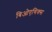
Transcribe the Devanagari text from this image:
बिओएथिक्स